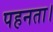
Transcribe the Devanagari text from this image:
पहनता।